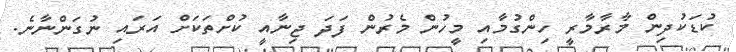
ކުޑަކުދިން މާރާމާރީ ހިންގުމާއި މީހުން މެރުން ފަދަ ޖިނާއީ ކުށްތަކަށް އަރައި ނުގަންނާނެ.